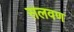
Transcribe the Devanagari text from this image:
सलवण